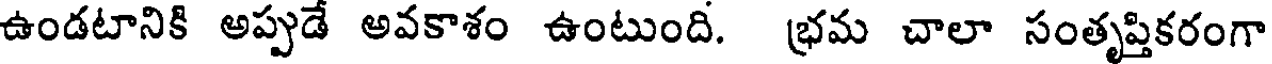
ఉండటానికి అప్పుడే అవకాశం ఉంటుంది. భ్రమ చాలా సంతృప్తికరంగా